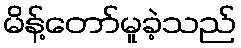
မိန့်တော်မူခဲ့သည်